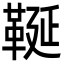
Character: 䩥